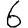
Digit: 6